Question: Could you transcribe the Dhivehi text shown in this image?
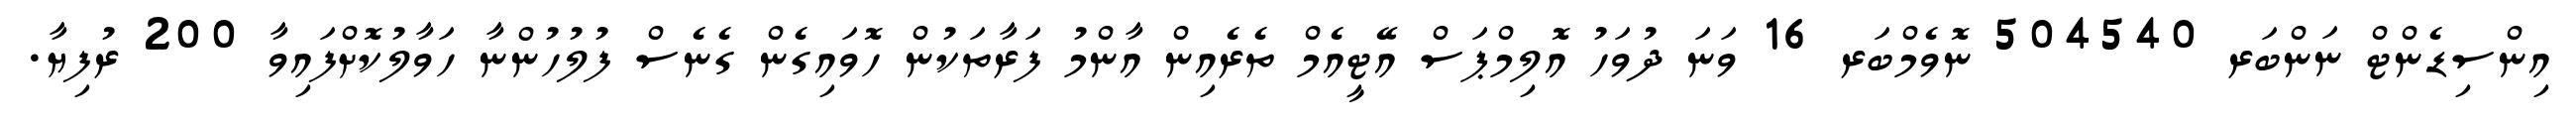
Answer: އިންސިޑެންޓް ނަންބަރ 504540 ނޮވެމްބަރ 16 ވަނަ ދުވަހު އޮލިމްޕަސް އޭޓީއެމް ތެރެއިން އާންމު ފަރާތަކުން ހޮވައިގެން ގެނެސް ފުލުހުންނާ ހަވާލުކޮށްފައިވާ 200 ރުފިޔާ.